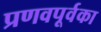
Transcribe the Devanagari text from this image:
प्रणवपूर्वका